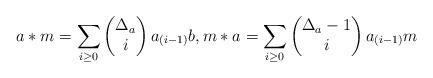
LaTeX: \begin{align*} a* m=\sum_{i\geq 0}\begin{pmatrix} \Delta_a\\i \end{pmatrix}a_{(i-1)}b,m* a=\sum_{i\geq 0}\begin{pmatrix} \Delta_a-1\\i\end{pmatrix}a_{(i-1)}m\end{align*}